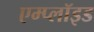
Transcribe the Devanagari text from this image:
एम्प्लॉइड